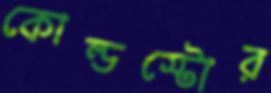
কোল্ডস্টোর